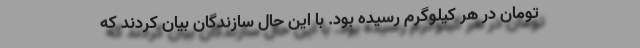
تومان در هر کیلوگرم رسیده بود. با این حال سازندگان بیان کردند که